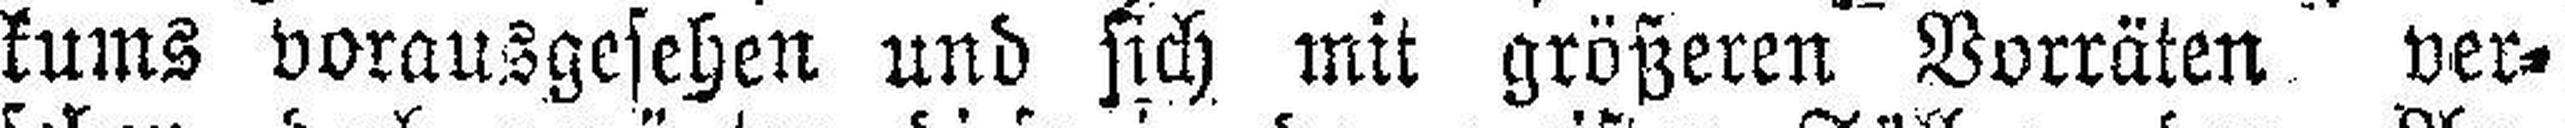
kums vorausgesehen und sich mit größeren Vorräten ver¬